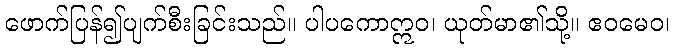
ဖောက်ပြန်၍ပျက်စီးခြင်းသည်။ ပါပကောဣဝ၊ ယုတ်မာ၏သို့။ ဧဝမေဝ၊